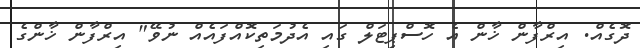
ދޮގެއް. އިރްފާން ޚާން އެ ހޮސްޕިޓަލް ގައި އެދުމަތިކޮއްފައެއް ނުވޭ" އިރްފާން ޚާންގެ